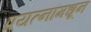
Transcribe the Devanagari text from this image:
प्रयत्‍नांमधून